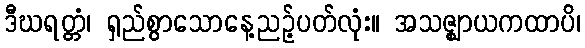
ဒီဃရတ္တံ၊ ရှည်စွာသောနေ့ညဉ့်ပတ်လုံး။ အသဇ္ဈာယကထာပိ၊